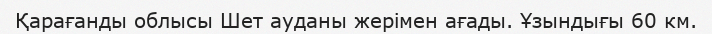
Қарағанды облысы Шет ауданы жерімен ағады. Ұзындығы 60 км.